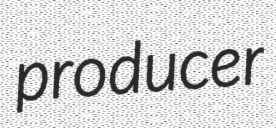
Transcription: producer